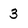
Character: 3